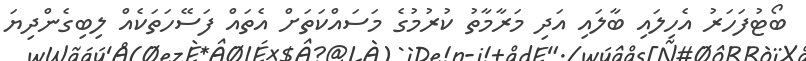
ބޯޓުފަހަރު އެހިލައި ބާލައި އަދި މަރާމާތު ކުރުމުގެ މަސައްކަތަށް އެތައް ފަސޭހަތަކެއް ލިބިގެންދިޔަ